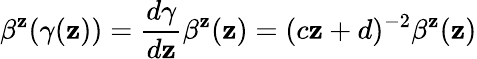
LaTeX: \beta^{\mathbf{z}}(\gamma(\mathbf{z}))=\frac{{d\gamma}}{{d\mathbf{z}}}\beta^{\mathbf{z}}(\mathbf{z})=(c\mathbf{z}+d)^{-2}\beta^{\mathbf{z}}(\mathbf{z})